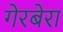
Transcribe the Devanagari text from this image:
गेरबेरा